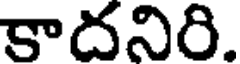
కాదనిరి.